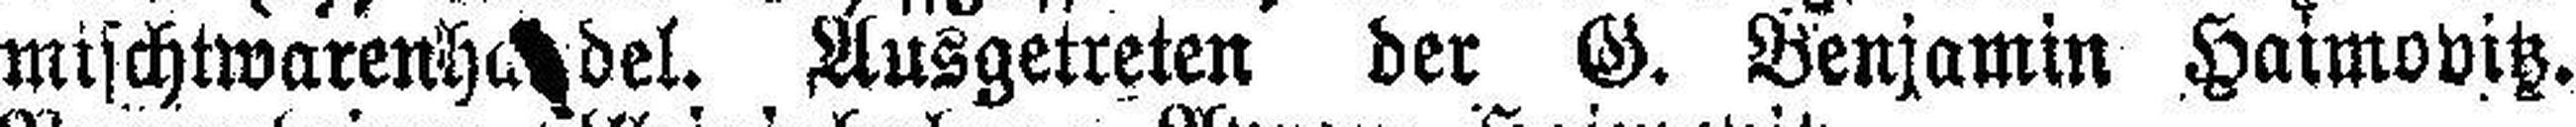
mischtwarenh###del. Ausgetreten der G. Benjamin Haimovitz.